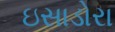
ઇસાડોરા